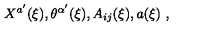
X ^ { a ^ { \prime } } ( \xi ) , \theta ^ { \alpha ^ { \prime } } ( \xi ) , A _ { i j } ( \xi ) , a ( \xi ) \ ,